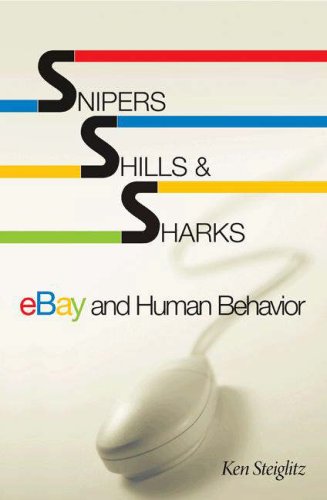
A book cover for Snipers, Shills, and Sharks: eBay and Human Behavior; Ken Steiglitz; Computers & Technology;